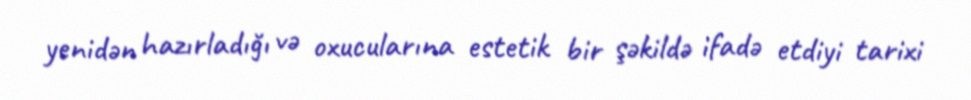
yenidən hazırladığı və oxucularına estetik bir şəkildə ifadə etdiyi tarixi